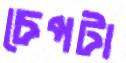
চেপটা